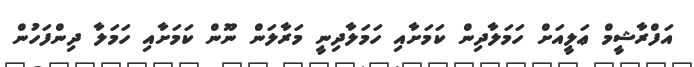
އަފްރާޝީމް ޢަލީއަށް ހަމަލާދިން ކަމަށާއި ހަމަލާދިނީ މަރާލަން ނޫން ކަމަށާއި ހަމަލާ ދިންފަހުން